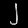
Digit: ၂